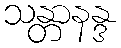
သန္တာနန္ဒ